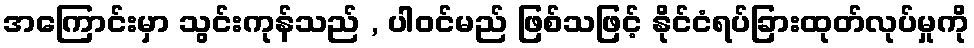
အကြောင်းမှာ သွင်းကုန်သည် , ပါဝင်မည် ဖြစ်သဖြင့် နိုင်ငံရပ်ခြားထုတ်လုပ်မှုကို